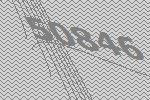
50846